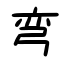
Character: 弯